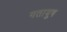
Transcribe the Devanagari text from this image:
गतायुष